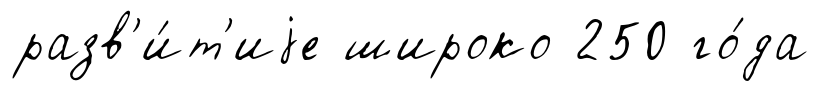
разв'и́т'иjе широко 250 го́да